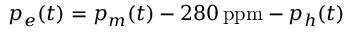
p _ { e } ( t ) = p _ { m } ( t ) - 2 8 0 \, \mathrm { p p m } - p _ { h } ( t )